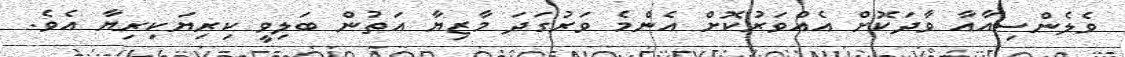
ވެލެންސިއާއާ ވާދަކޮށް އެއްވަރުކޮށް އެންމެ ވަރުގަދަ މާޒިޔާ އަތުން ބަލިވީ ކިރިޔަކިރިޔާ އެވެ.